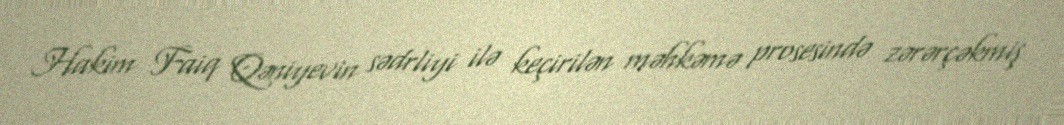
Hakim Faiq Qəniyevin sədrliyi ilə keçirilən məhkəmə prosesində zərərçəkmiş